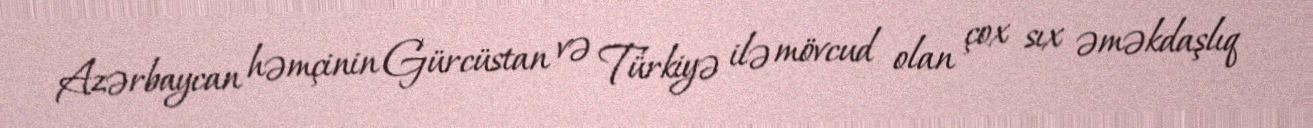
Azərbaycan həmçinin Gürcüstan və Türkiyə ilə mövcud olan çox sıx əməkdaşlıq